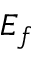
E _ { f }